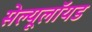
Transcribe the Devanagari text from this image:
सेल्यूलॉयड